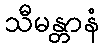
သီမန္တာနံ